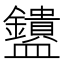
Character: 𬑄